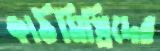
কাঠমিস্ত্রিদের